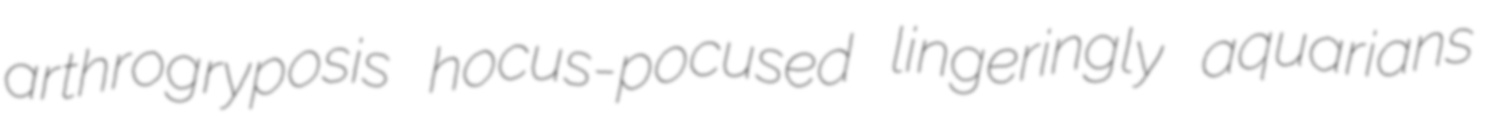
arthrogryposis hocus-pocused lingeringly aquarians